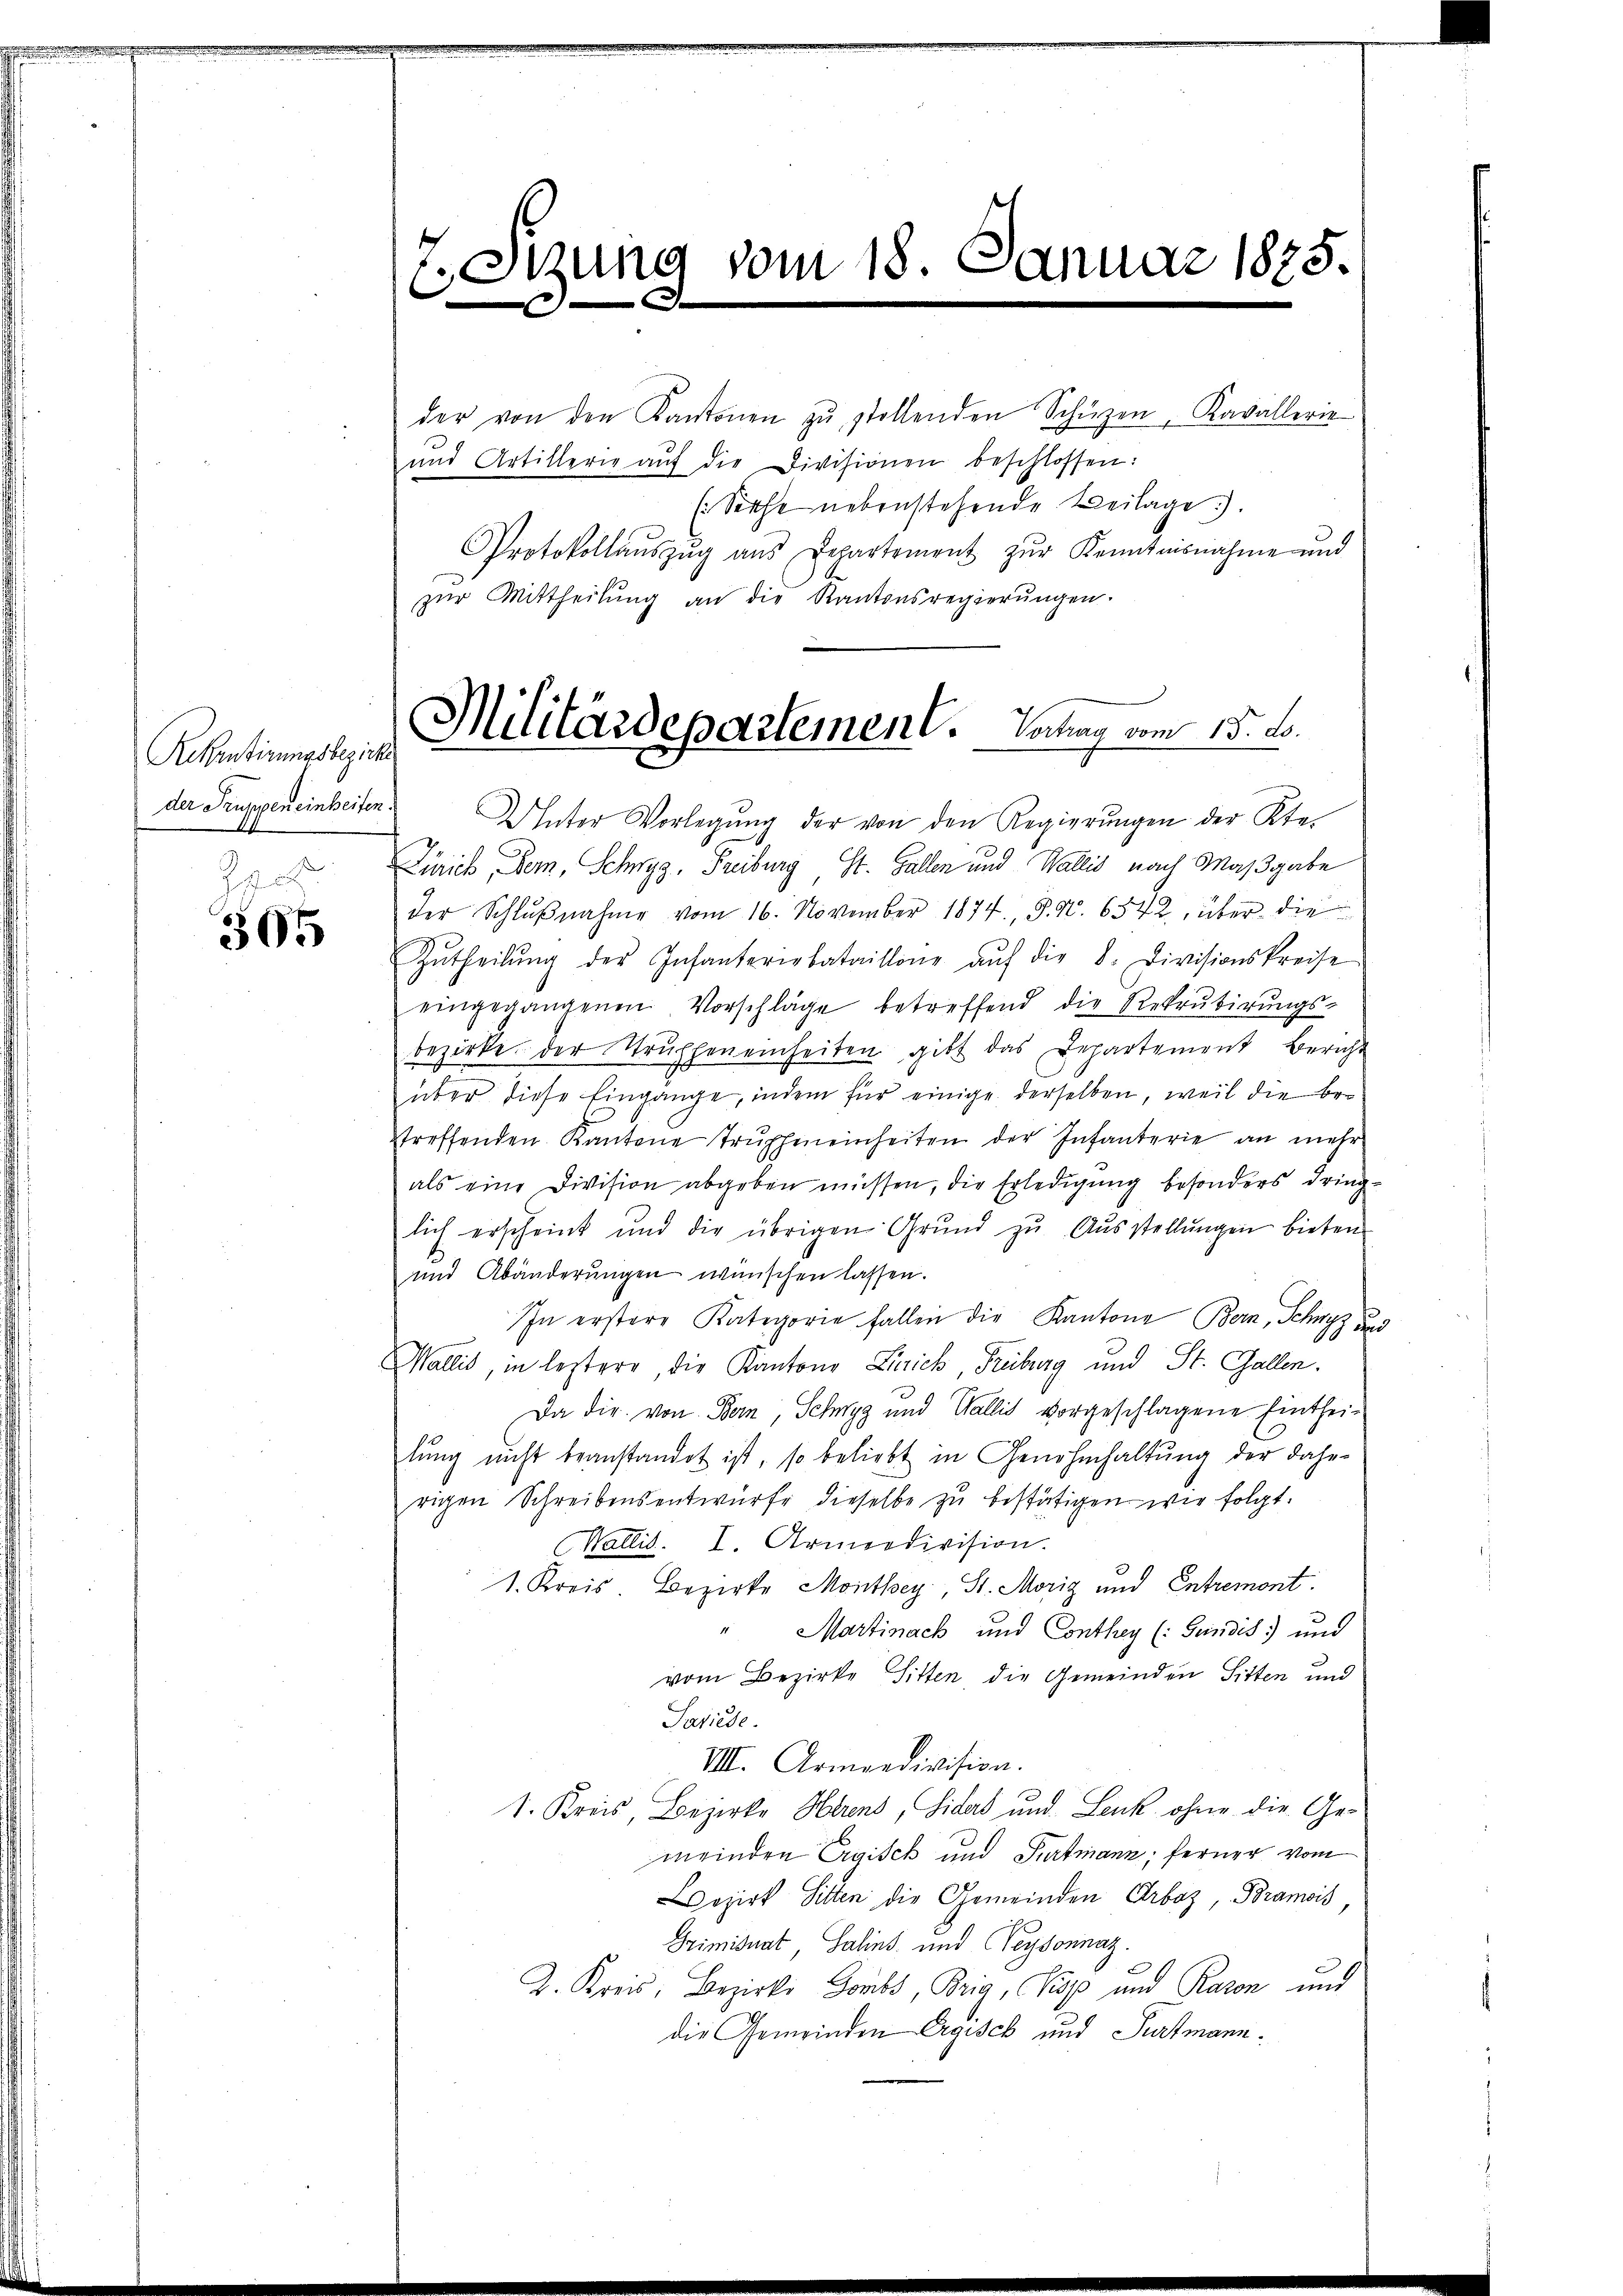
Rekrutirungsbezirk
der Truppen einheiten
e

595

Stzung vom 18. Januar 1875.
b
.

der von den Kantonen zŭ stollenden Schörzen, Kavallerie
und Artillerie aŭf die Divisionen beschlossen:
(Siehe nebenstehende Beilage).
Protokollaŭszŭg aŭs Departement zŭr Kenntnisnahme und
zŭr Mittheilung an die Kantonsregierŭngen.
bezirke der Struphen einheiten gibt das Departement Bericht
über diese Eingange, indem für einige derselben, weil die betreffenden Kantone Trŭppmeinheiten der Infanterie an mehr
als eine Division abgeben müssen, die Erledigung besonders dringlich erscheint und die übrigen Grund zu Ausstellŭngen bieten
und Abänderungen wünschen lassen.
In erstere Kategorie fallen die Kantone Bern, Schwyz u
Wallis, in lestere die Kantons Zürich, Freiburg und St. Gallen.
Da die von Bern, Schwyz und Wallis vorgeschlagene Eintheilŭng nicht beanstandet ist, so beliebt in Genehmhaltung der dahe
rigen Schreibensentwurfe dieselbe zu bestätigen wir folgt.
Wallis. I. Armeedivision.
1. Kreis Bezirke Monthey St. Moriz und Entremont.
Martinach und Conthey (: Gundis und
vom Bezirke Sitten die Gemeinden Sitten und
Sasiede
VIII. Armendivision.
1. Kreis Bezirke Herens, Sides und Leuk ohne die Gemeinden Ergisch und Purtmann; ferner vom
ozirt Sitten die Gemeinden Arboz, Bramois,
Griminat Salins und Weysonnaz.
K. Kreis, Bezirke Forts, Brig, Kopp und Raron und
die Gemeinden Ergisch und Furtmann¬

Militärdepartement. Vorlag vom 15. B.

Unter Vorlegŭng der von den Regierŭngen der Kte-
Zinrich, Bern, Schwyz, Freiburg, St. Gallen und Wallis nach Maßgabe
der Schlŭβnahme vom 16. November 1874. §. 4. 6572, über die
Zŭtheilŭng der Infanteriebataillone aŭf die 8. Divisionskreise
eingegangenen Vorschläge betreffend die Rekrutierŭngs-